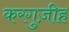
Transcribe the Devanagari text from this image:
करगुज़ीह